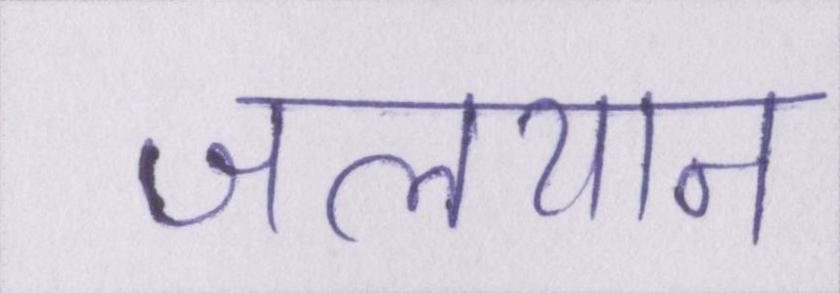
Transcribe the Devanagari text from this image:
जलयान